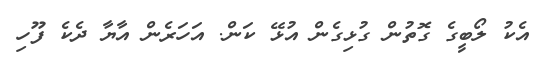
އެކު ލޯބީގެ ގޮތުން ގުޅިގެން އުޅޭ ކަން. އަހަރެން އާޔާ ދެކެ ފޫހި